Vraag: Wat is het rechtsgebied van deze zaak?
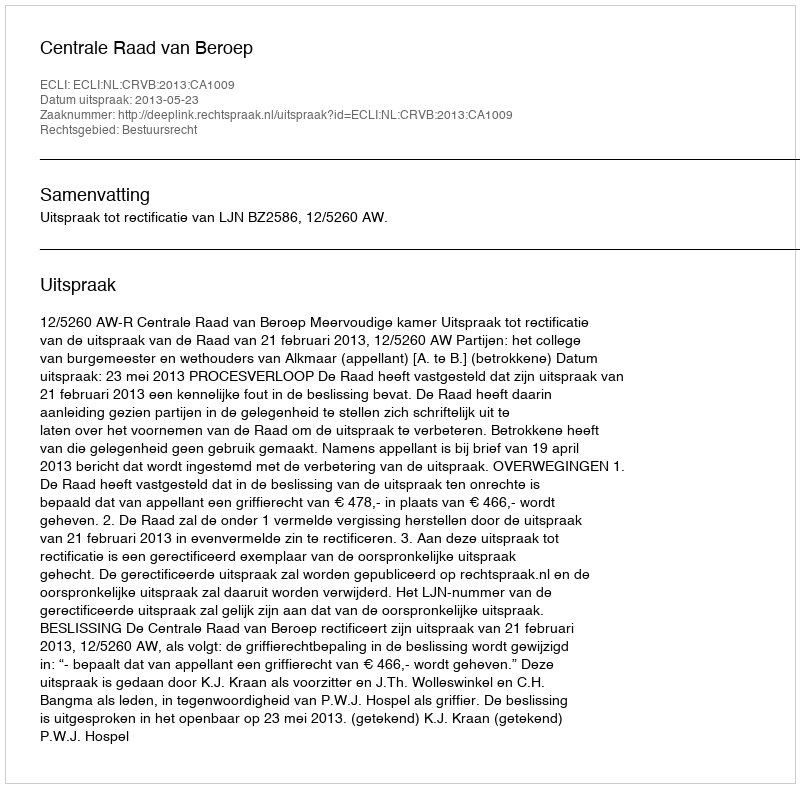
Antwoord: Bestuursrecht